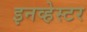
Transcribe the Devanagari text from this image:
इनव्हेस्टर